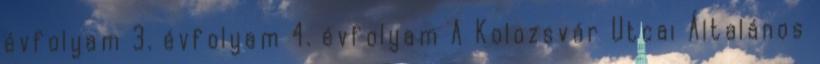
évfolyam 3. évfolyam 4. évfolyam A Kolozsvár Utcai Általános